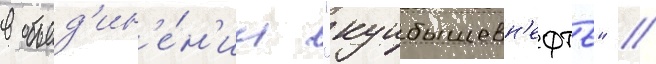
в объед'ин'е́н'ии "куибышевн'ефть" //